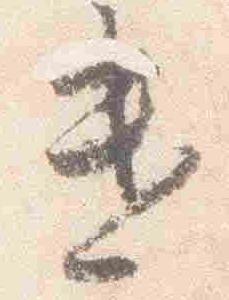
遣